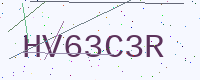
Text: HV63C3R